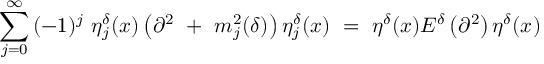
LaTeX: \sum _ { j = 0 } ^ { \infty } { ( - 1 ) ^ { j } } \ { \eta } _ { j } ^ { \delta } ( x ) \left( { \partial } ^ { 2 } \ + \ m _ { j } ^ { 2 } ( \delta ) \right) { \eta } _ { j } ^ { \delta } ( x ) \ = \ \eta ^ { \delta } ( x ) { \cal E } ^ { \delta } \left( { \partial } ^ { 2 } \right) \eta ^ { \delta } ( x )